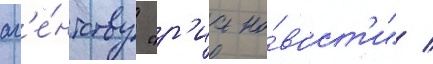
аг'е́нтству "р'иа но́вост'и" /